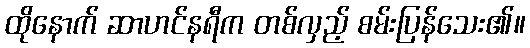
ထိုနောက် ဆာဟင်နရီက တစ်လှည့် စမ်းပြန်သေး၏။